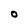
Character: O